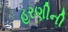
હરણીની